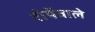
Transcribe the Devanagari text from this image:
रोयेंवाले